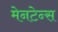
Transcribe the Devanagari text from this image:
मेनटेन्स